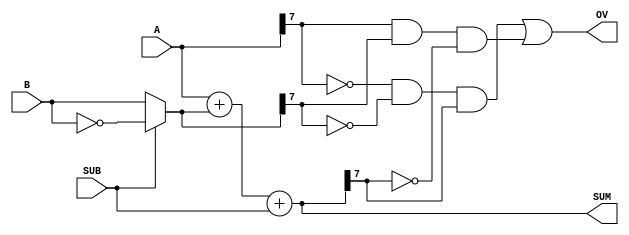
module arith(A,B,SUB,SUM,OV);

input [7:0] A,B;		// two 8-bit quantities to be addes/subtracted
input SUB;				// if high operation is A - B, otherwise A + B
output [7:0] SUM;		// result of arithmetic operation
output OV;				// overflow if operands are interpretted as signed.

wire [7:0] B_comp;
wire both_pos,both_neg;

assign B_comp = (SUB) ? ~B : B;		// 1's complement if subtracting
assign SUM = A + B_comp + SUB;		// if subtracting we are inverting and adding 1
assign both_pos = ~A[7] & ~B_comp[7];	// both operands to adder were positive
assign both_neg = A[7] & B_comp[7];			// both operands to adder were negative
////////////////////////////////////////////////////////////
// If both operands into adder are positive and result   //
// is negative then overflow occurred.  If both operands//
// are negative and result is positive then overflow ////
// occurred.  Overflow can't happen if operands are // 
// of different sign.                              //
////////////////////////////////////////////////////
assign OV = (both_pos & SUM[7]) | (both_neg & ~SUM[7]);  

endmodule